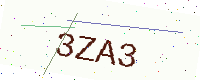
Text: 3ZA3